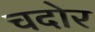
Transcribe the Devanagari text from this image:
चदोर